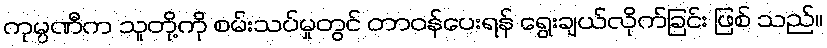
ကုမ္ပဏီက သူတို့ကို စမ်းသပ်မှုတွင် တာဝန်ပေးရန် ရွေးချယ်လိုက်ခြင်း ဖြစ် သည်။